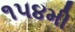
૧૫૪મી